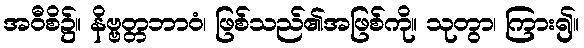
အဝီစိ၌။ နိဗ္ဗတ္တဘာဝံ၊ ဖြစ်သည်၏အဖြစ်ကို။ သုတွာ၊ ကြား၍။